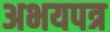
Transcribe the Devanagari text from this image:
अभयपत्र